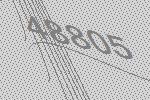
48805